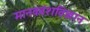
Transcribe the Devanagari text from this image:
मानववंशविज्ञान